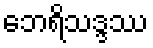
ဘေရိသဒ္ဒဿ